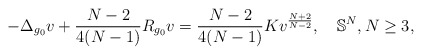
\begin{align*}-\Delta_{g_0}v + \frac{N - 2}{4(N-1)}R_{g_0}v = \frac{N - 2}{4(N - 1)} K v^{\frac{N + 2}{N - 2}},\quad\mathbb{S}^N,N\geq 3,\end{align*}